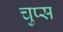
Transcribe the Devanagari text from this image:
चुप्स